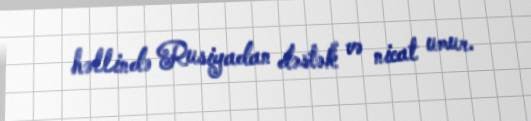
həllində Rusiyadan dəstək və nicat umur.